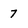
Character: 7